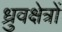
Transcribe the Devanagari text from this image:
ध्रुवक्षेत्रों